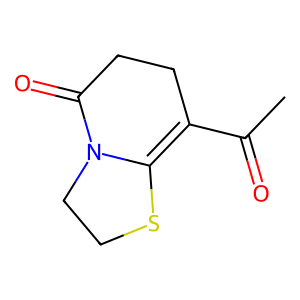
SMILES: CC(=O)C1=C2SCCN2C(=O)CC1
Inhibits HIV replication: No